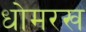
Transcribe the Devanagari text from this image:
धोमरख